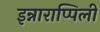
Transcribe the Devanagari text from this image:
इन्नाराप्पिली